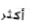
أكثر